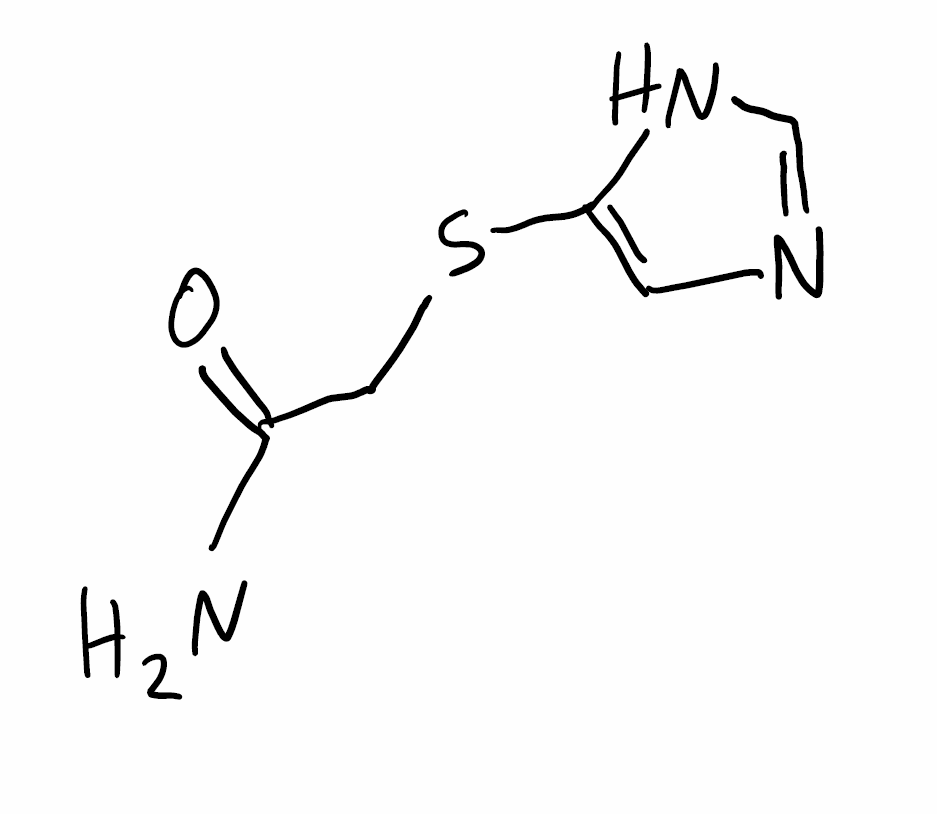
Simplified molecular-input line-entry system (SMILES) notation of the given molecule:
C1=C(NC=N1)SCC(=O)N